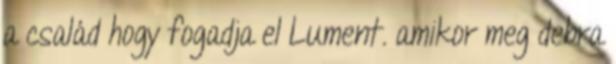
a család hogy fogadja el Lument. amikor meg debra